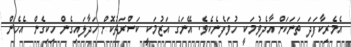
އެމެރިކާފަދަ ތަނަކަށް އާދެވުމަކީ ހުވަފެނެކެވެ. އޭނަގެ އަޒުމަކީ ކަސްރަތުކޮށް ހަދާލައިގެން ހިކިގެން އެހެން